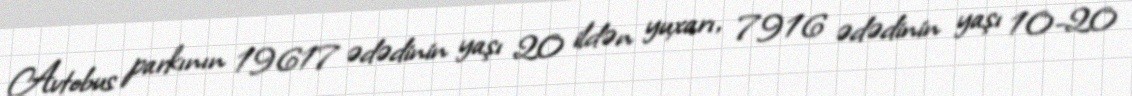
Avtobus parkının 19617 ədədinin yaşı 20 ildən yuxarı, 7916 ədədinin yaşı 10-20